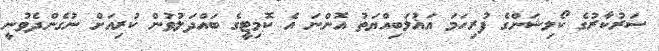
ސަރުކާރުގެ ކޯލިޝަންގެ ފުރިހަމަ އަޣުލަބިއްޔަތު އޮންނަ އެ ކޮމިޓީގެ ބައްދަލުވުން ކުރިއަށް ނުގެންދެވުނީ